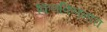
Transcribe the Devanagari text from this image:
किणकिणनारा